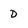
Character: D